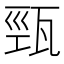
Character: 𤭓